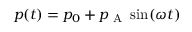
p ( t ) = p _ { 0 } + p _ { \mathrm { ~ A ~ } } \sin ( \omega t )